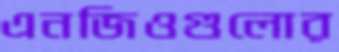
এনজিওগুলোর